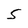
Character: S